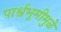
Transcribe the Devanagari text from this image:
पार्श्वभूमीमुळे